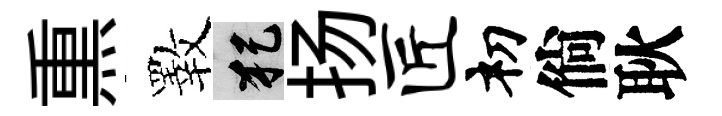
𤋱斁犯扬匠𥘉倘耿